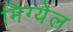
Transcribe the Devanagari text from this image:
मिग्येल